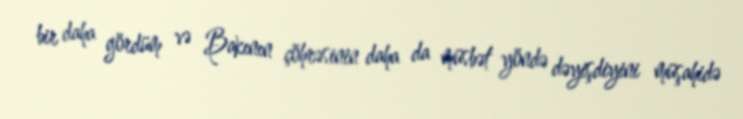
bir daha gördüm və Bakının çöhrəsinin daha da müsbət yöndə dəyişdiyini müşahidə